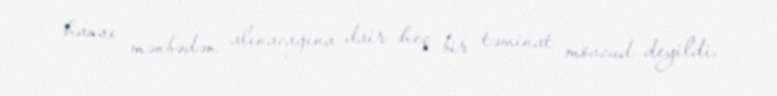
hansı mənbədən alınacağına dair heç bir təminat mövcud deyildi.